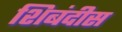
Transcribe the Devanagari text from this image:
शिबंदीस